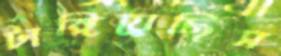
টাঙ্গিয়েছিস